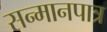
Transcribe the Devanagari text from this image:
सन्‍मानपात्र